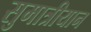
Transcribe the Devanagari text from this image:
सुमात्रीयान